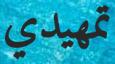
تمھيدي